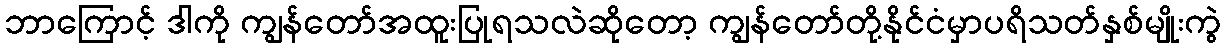
ဘာကြောင့် ဒါကို ကျွန်တော်အထူးပြုရသလဲဆိုတော့ ကျွန်တော်တို့နိုင်ငံမှာပရိသတ်နှစ်မျိုးကွဲ